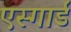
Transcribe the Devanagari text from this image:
एस्गार्ड